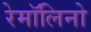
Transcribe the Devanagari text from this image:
रेमॉलिनो